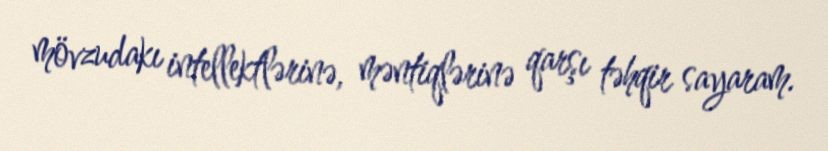
mövzudakı intellektlərinə, məntiqlərinə qarşı təhqir sayaram.